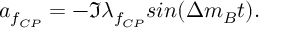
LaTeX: a _ { f _ { C P } } = - \Im \lambda _ { f _ { C P } } s i n ( \Delta m _ { B } t ) .